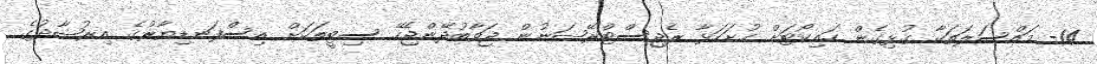
14- މައްސަލަތަކާ ގުޅިގެން ހައިކޯޓަށް ހުށަހަޅާ ރެޖިސްޓްރޭޝަނުން ޖަވާބުދޭންޖެހޭ ސިޓީތަކަށް އިސްފަނޑިޔާރުގެ އިރުޝާދުގެ